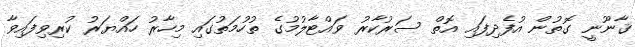
ޤާނޫނީ ގޮތުން އުފެދިފައި އޮތް ސަރުކާރު ވައްޓާލުމުގެ ތުހުމަތުގައި މިހާރު ހައްޔަރު ކުރިވިފައިވާ